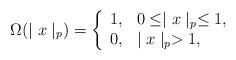
LaTeX: \begin{align*}\Omega (\mid x\mid_p) = \left \{ \begin{array}{ll} 1, & 0 \leq \mid x\mid_p \leq 1 ,\\0, & \mid x\mid_p>1, \end{array} \right.\end{align*}